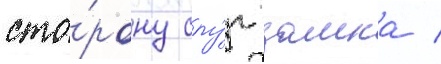
сто́рону слу́г замка /